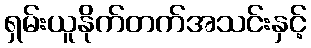
ရှမ်းယူနိုက်တက်အသင်းနှင့်